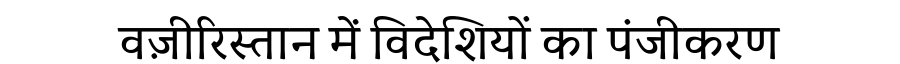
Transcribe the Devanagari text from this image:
वज़ीरिस्तान में विदेशियों का पंजीकरण